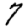
Digit: 7